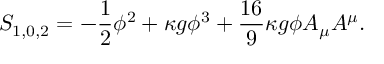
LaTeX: S _ { 1 , 0 , 2 } = - \frac { 1 } { 2 } \phi ^ { 2 } + \kappa g \phi ^ { 3 } + \frac { 1 6 } { 9 } \kappa g \phi A _ { \mu } A ^ { \mu } .